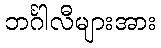
ဘင်္ဂါလီများအား